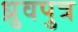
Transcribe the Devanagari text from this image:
ध्रुवपुत्र